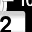
Digit: 2